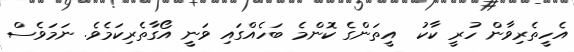
އެހީތެރިވާން ހުރީ ކާކު  އީތަންގެ ކޮންމެ ބަހެއްގައި ވަނީ އޯގާތެރިކަމެވެ. ނަމަވެސް